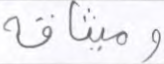
وميثاقه